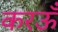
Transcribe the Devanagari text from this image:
करऊँ